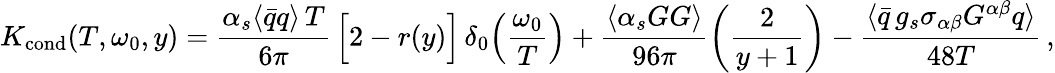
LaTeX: K_{\mathrm{cond}}(T,\omega_{0},y)={\frac{\alpha_{s}\langle\bar{q}q\rangle\, T}{6\pi}}\, \Big[2-r(y)\Big]\, \delta_{0}\Big({\frac{\omega_{0}}{T}}\Big)+{\frac{\langle\alpha_{s}GG\rangle}{96\pi}}\bigg({\frac{2}{y+1}}\bigg)-{\frac{\langle\bar{q}\, g_{s}\sigma_{\alpha\beta}G^{\alpha\beta}q\rangle}{48T}}\, ,